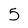
Character: 5